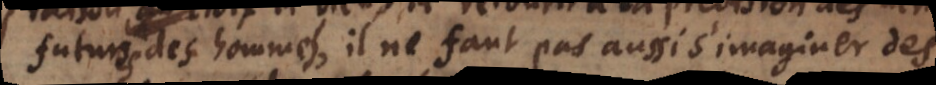
futures des hommes, il ne faut pas aussi s’imaginer des